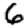
Digit: 6